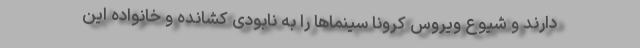
دارند و شیوع ویروس کرونا سینماها را به نابودی کشانده و خانواده این